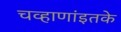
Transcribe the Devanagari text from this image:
चव्हाणांइतके